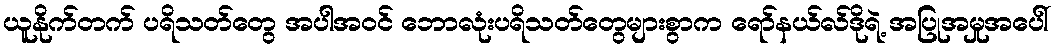
ယူနိုက်တက် ပရိသတ်တွေ အပါအဝင် ဘောလုံးပရိသတ်တွေများစွာက ရော်နယ်လ်ဒိုရဲ့ အပြုအမှုအပေါ်